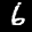
Label: 6